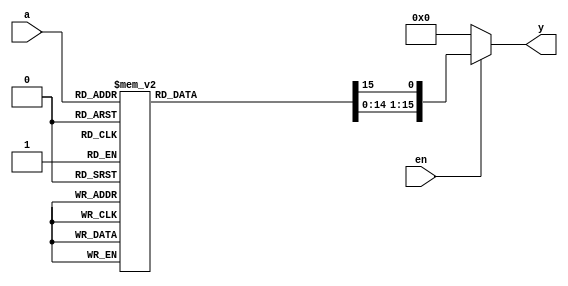
module Decoders_4x16(output reg [15:0] y, input [3:0] a, input en);
    always @(*) begin
        if(en)
        begin
            y=8'b0;
            case(a)
            4'b0000 : y[0]  = 1'b1;
            4'b0001 : y[1]  = 1'b1;
            4'b0010 : y[2]  = 1'b1;
            4'b0011 : y[3]  = 1'b1;
            4'b0100 : y[4]  = 1'b1;
            4'b0101 : y[5]  = 1'b1;
            4'b0110 : y[6]  = 1'b1;
            4'b0111 : y[7]  = 1'b1;
            4'b1000 : y[8]  = 1'b1;
            4'b1001 : y[9]  = 1'b1;
            4'b1010 : y[10] = 1'b1;
            4'b1011 : y[11] = 1'b1;
            4'b1100 : y[12] = 1'b1;
            4'b1101 : y[13] = 1'b1;
            4'b1110 : y[14] = 1'b1;
            4'b1111 : y[15] = 1'b1;
            endcase
        end
        else
        y=8'b0;
    end

endmodule